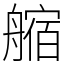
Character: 䑿